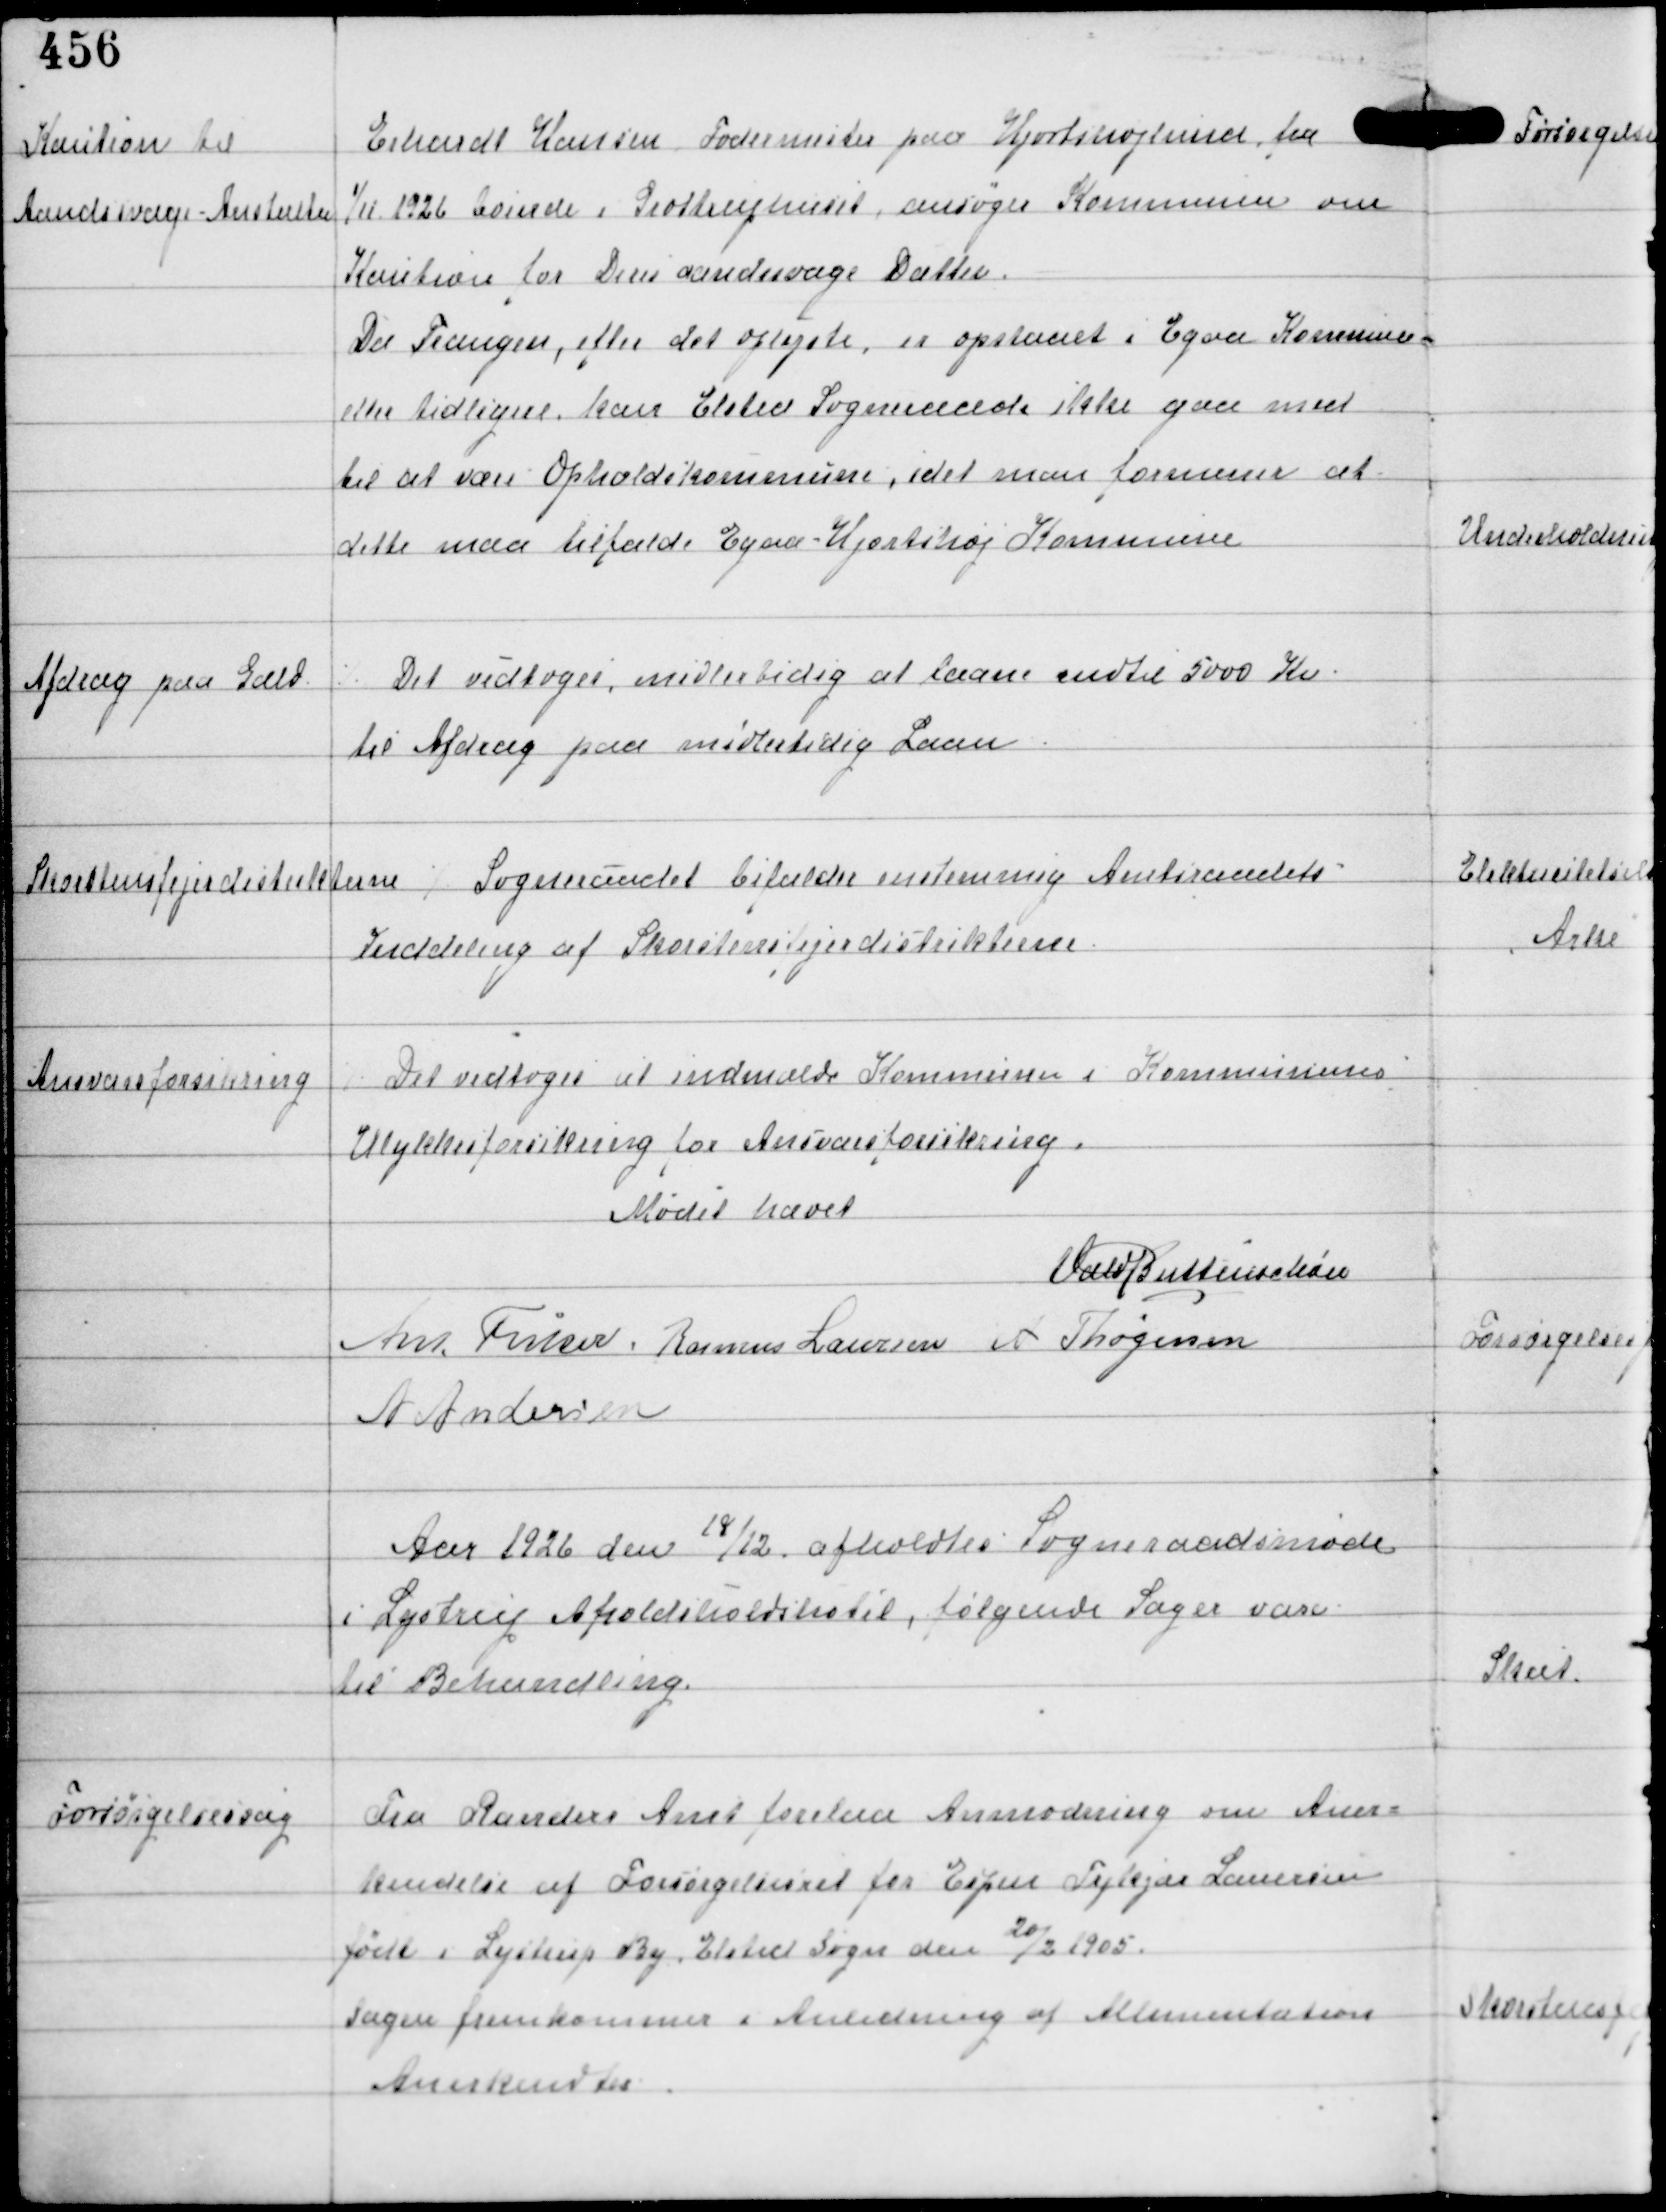
Transskription:
Kaution til
Aandsvage - Anstalten

Erhardt Hansen Fodermester paa Hjortshøjlund fra
1/11 1926 boende i Grottruphuset ansøger Kommunen om
Kaution for Deres aandsvage Datter.
Da Trangen, efter det oplyste er opstaaet i Egaa Kommune
eller tidligere kan Elsted Sogneraad ikke gaa med
til at være Opholdskommune, idet man formener at
dette maa tilfalde Egaa-Hjortshøj Kommune.

Afdrag paa Gæld

⁒ Det vedtoges midlertidig at laane indtil 5000 Kr
til Afdrag paa midlertidig Laan

Skorstensfejerdistrikterne
⁒ Sogneraadet bifalder enstemmig Amtsraadets
Inddeling af Skorstensfejerdistrikterne

Ansvarsforsikring

⁒ Det vedtoges at indmælde Kommunen i Kommunernes
Ulykkesforsikring for Ansvarsforsikring

Mødet hævet
Vald Buttenschøn
Ant Fisker Rasmus Laursen A Thøgersen
A Andersen

Aar 1926 den 18/12 afholdtes Sogneraadsmøde
i Lystrup Afholdshotel, følgende Sager vare
til Behandling

Forsørgelsessag

Fra Randers Amt forelaa Anmodning om Aner-
kendelse af Forsørgelsesret for Espen Tykjær Lauersen
født i Lystrup By, Elsted Sogn den 20/3 1905.
Sagen fremkommer i Anledning af Alimentation
Anerkendtes